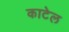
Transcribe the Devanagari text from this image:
काटेल